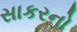
સાકરનો